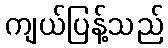
ကျယ်ပြန့်သည်